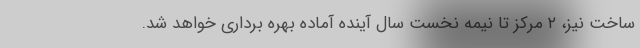
ساخت نیز، ۲ مرکز تا نیمه نخست سال آینده آماده بهره برداری خواهد شد.